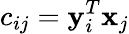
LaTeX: c_{ij}=\mathbf{y}_{i}^{T}\mathbf{x}_{j}